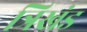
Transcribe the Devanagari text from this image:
त्रिखंड